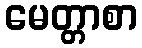
မေတ္တာစာ